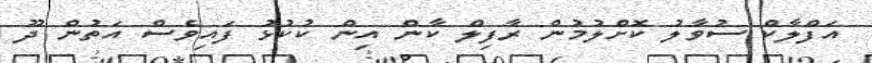
އަފްލާކް ސުވާލު ކޮށްލުމުން ރާފިލް ކާން އިން ކުކުޅު ފައިވެސް އަތުން ދޫ